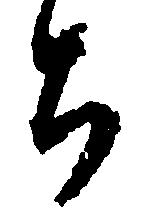
ち